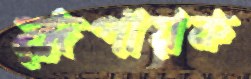
রূপায়ক